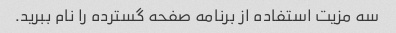
سه مزیت استفاده از برنامه صفحه گسترده را نام ببرید.